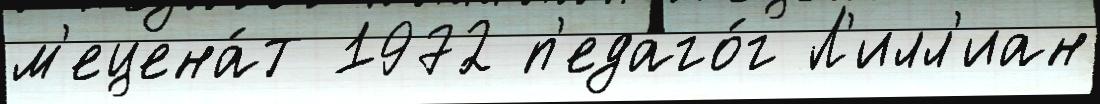
м'ецена́т 1972 п'едаго́г Л'илл'иан